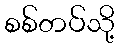
စစ်တပ်သို့